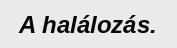
A halálozás.